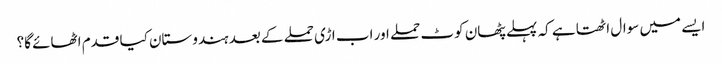
ایسے میں سوال اٹھتا ہے کہ پہلے پٹھان کوٹ حملے اور اب اڑی حملے کے بعد ہندوستان کیا قدم اٹھائے گا؟